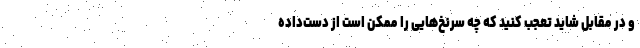
و در مقابل شاید تعجب کنید که چه سرنخ‌هایی را ممکن است از دست‌داده